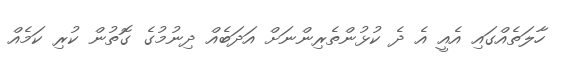
ހާލަތެއްގައި އެއީ އެ ދެ ކުޅުންތެރިންނަށް އަދަބެއް ދިނުމުގެ ގޮތުން ކުރި ކަމެއް